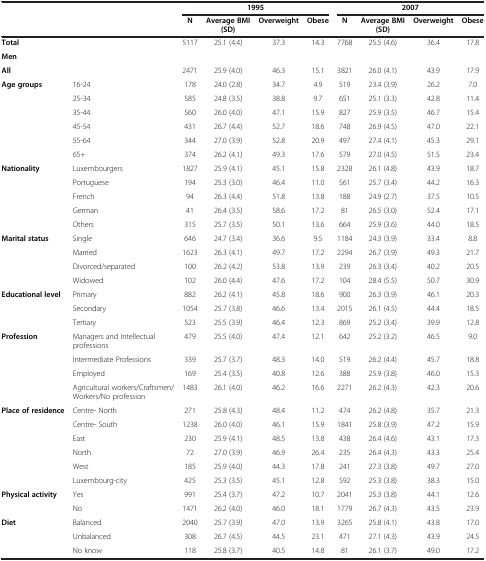
<table><thead><tr><td rowspan="2"><b> </b></td><td rowspan="2"><b> </b></td><td colspan="4"><b>1995</b></td><td colspan="4"><b>2007</b></td></tr><tr><td><b>N</b></td><td><b>Average BMI (SD)</b></td><td><b>Overweight</b></td><td><b>Obese</b></td><td><b>N</b></td><td><b>Average BMI (SD)</b></td><td><b>Overweight</b></td><td><b>Obese</b></td></tr></thead><tbody><tr><td><b>Total</b></td><td> </td><td>5117</td><td>25.1 (4.4)</td><td>37.3</td><td>14.3</td><td>7768</td><td>25.5 (4.6)</td><td>36.4</td><td>17.8</td></tr><tr><td colspan="10"><b>Men</b></td></tr><tr><td><b>All</b></td><td> </td><td>2471</td><td>25.9 (4.0)</td><td>46.3</td><td>15.1</td><td>3821</td><td>26.0 (4.1)</td><td>43.9</td><td>17.9</td></tr><tr><td rowspan="6"><b>Age groups</b></td><td>16-24</td><td>178</td><td>24.0 (2.8)</td><td>34.7</td><td>4.9</td><td>519</td><td>23.4 (3.9)</td><td>26.2</td><td>7.0</td></tr><tr><td>25-34</td><td>585</td><td>24.8 (3.5)</td><td>38.8</td><td>9.7</td><td>651</td><td>25.1 (3.3)</td><td>42.8</td><td>11.4</td></tr><tr><td>35-44</td><td>560</td><td>26.0 (4.0)</td><td>47.1</td><td>15.9</td><td>827</td><td>25.9 (3.5)</td><td>46.7</td><td>15.4</td></tr><tr><td>45-54</td><td>431</td><td>26.7 (4.4)</td><td>52.7</td><td>18.6</td><td>748</td><td>26.9 (4.5)</td><td>47.0</td><td>22.1</td></tr><tr><td>55-64</td><td>344</td><td>27.0 (3.9)</td><td>52.8</td><td>20.9</td><td>497</td><td>27.4 (4.1)</td><td>45.3</td><td>29.1</td></tr><tr><td>65+</td><td>374</td><td>26.2 (4.1)</td><td>49.3</td><td>17.6</td><td>579</td><td>27.0 (4.5)</td><td>51.5</td><td>23.4</td></tr><tr><td rowspan="5"><b>Nationality</b></td><td>Luxembourgers</td><td>1827</td><td>25.9 (4.1)</td><td>45.1</td><td>15.8</td><td>2328</td><td>26.1 (4.8)</td><td>43.9</td><td>18.7</td></tr><tr><td>Portuguese</td><td>194</td><td>25.3 (3.0)</td><td>46.4</td><td>11.0</td><td>561</td><td>25.7 (3.4)</td><td>44.2</td><td>16.3</td></tr><tr><td>French</td><td>94</td><td>26.3 (4.4)</td><td>51.8</td><td>13.8</td><td>188</td><td>24.9 (2.7)</td><td>37.5</td><td>10.5</td></tr><tr><td>German</td><td>41</td><td>26.4 (3.5)</td><td>58.6</td><td>17.2</td><td>81</td><td>26.5 (3.0)</td><td>52.4</td><td>17.1</td></tr><tr><td>Others</td><td>315</td><td>25.7 (3.5)</td><td>50.1</td><td>13.6</td><td>664</td><td>25.9 (3.6)</td><td>44.0</td><td>18.5</td></tr><tr><td rowspan="4"><b>Marital status</b></td><td>Single</td><td>646</td><td>24.7 (3.4)</td><td>36.6</td><td>9.5</td><td>1184</td><td>24.3 (3.9)</td><td>33.4</td><td>8.8</td></tr><tr><td>Married</td><td>1623</td><td>26.3 (4.1)</td><td>49.7</td><td>17.2</td><td>2294</td><td>26.7 (3.9)</td><td>49.3</td><td>21.7</td></tr><tr><td>Divorced/separated</td><td>100</td><td>26.2 (4.2)</td><td>53.8</td><td>13.9</td><td>239</td><td>26.3 (3.4)</td><td>40.2</td><td>20.5</td></tr><tr><td>Widowed</td><td>102</td><td>26.0 (4.4)</td><td>47.6</td><td>17.2</td><td>104</td><td>28.4 (5.5)</td><td>50.7</td><td>30.9</td></tr><tr><td rowspan="3"><b>Educational level</b></td><td>Primary</td><td>882</td><td>26.2 (4.1)</td><td>45.8</td><td>18.6</td><td>900</td><td>26.3 (3.9)</td><td>46.1</td><td>20.3</td></tr><tr><td>Secondary</td><td>1054</td><td>25.7 (3.8)</td><td>46.6</td><td>13.4</td><td>2015</td><td>26.1 (4.5)</td><td>44.4</td><td>18.5</td></tr><tr><td>Tertiary</td><td>523</td><td>25.5 (3.9)</td><td>46.4</td><td>12.3</td><td>869</td><td>25.2 (3.4)</td><td>39.9</td><td>12.8</td></tr><tr><td rowspan="4"><b>Profession</b></td><td>Managers and Intellectual professions</td><td>479</td><td>25.5 (4.0)</td><td>47.4</td><td>12.1</td><td>642</td><td>25.2 (3.2)</td><td>46.5</td><td>9.0</td></tr><tr><td>Intermediate Professions</td><td>339</td><td>25.7 (3.7)</td><td>48.3</td><td>14.0</td><td>519</td><td>26.2 (4.4)</td><td>45.7</td><td>18.8</td></tr><tr><td>Employed</td><td>169</td><td>25.4 (3.5)</td><td>40.8</td><td>12.6</td><td>388</td><td>25.9 (3.8)</td><td>46.0</td><td>15.3</td></tr><tr><td>Agricultural workers/Craftsmen/ Workers/No profession</td><td>1483</td><td>26.1 (4.0)</td><td>46.2</td><td>16.6</td><td>2271</td><td>26.2 (4.3)</td><td>42.3</td><td>20.6</td></tr><tr><td rowspan="6"><b>Place of residence</b></td><td>Centre- North</td><td>271</td><td>25.8 (4.3)</td><td>48.4</td><td>11.2</td><td>474</td><td>26.2 (4.8)</td><td>35.7</td><td>21.3</td></tr><tr><td>Centre- South</td><td>1238</td><td>26.0 (4.0)</td><td>46.1</td><td>15.9</td><td>1841</td><td>25.8 (3.9)</td><td>47.2</td><td>15.9</td></tr><tr><td>East</td><td>230</td><td>25.9 (4.1)</td><td>48.5</td><td>13.8</td><td>438</td><td>26.4 (4.6)</td><td>43.1</td><td>17.3</td></tr><tr><td>North</td><td>72</td><td>27.0 (3.9)</td><td>46.9</td><td>26.4</td><td>235</td><td>26.4 (4.3)</td><td>43.3</td><td>25.4</td></tr><tr><td>West</td><td>185</td><td>25.9 (4.0)</td><td>44.3</td><td>17.8</td><td>241</td><td>27.3 (3.8)</td><td>49.7</td><td>27.0</td></tr><tr><td>Luxembourg-city</td><td>425</td><td>25.3 (3.5)</td><td>45.1</td><td>12.8</td><td>592</td><td>25.3 (3.8)</td><td>38.3</td><td>15.0</td></tr><tr><td rowspan="2"><b>Physical activity</b></td><td>Yes</td><td>991</td><td>25.4 (3.7)</td><td>47.2</td><td>10.7</td><td>2041</td><td>25.3 (3.8)</td><td>44.1</td><td>12.6</td></tr><tr><td>No</td><td>1471</td><td>26.2 (4.0)</td><td>46.0</td><td>18.1</td><td>1779</td><td>26.7 (4.3)</td><td>43.5</td><td>23.9</td></tr><tr><td rowspan="2"><b>Diet</b></td><td>Balanced</td><td>2040</td><td>25.7 (3.9)</td><td>47.0</td><td>13.9</td><td>3265</td><td>25.8 (4.1)</td><td>43.8</td><td>17.0</td></tr><tr><td>Unbalanced</td><td>308</td><td>26.7 (4.5)</td><td>44.5</td><td>23.1</td><td>471</td><td>27.1 (4.3)</td><td>43.9</td><td>24.5</td></tr><tr><td> </td><td>No know</td><td>118</td><td>25.8 (3.7)</td><td>40.5</td><td>14.8</td><td>81</td><td>26.1 (3.7)</td><td>49.0</td><td>17.2</td></tr></tbody></table>